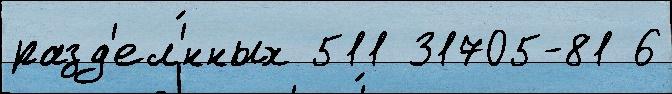
разд'ел'́нных 511 31705-81 6